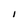
Character: I